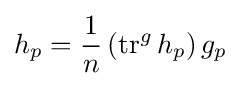
h_{p}={\frac {1}{n}}\left(\operatorname {tr} ^{g}h_{p}\right)g_{p}